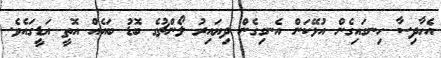
އެހާދިސާ ހިނގައިގެން އުޅޭކަން އެނގިގެން ދިޔައިރު ލޯންޗުގެ ބޮޑު ބައެއް އޮތީ އަޑީގައެވެ.